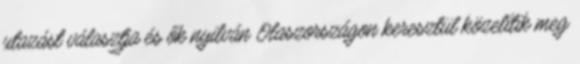
utazást választja és ők nyilván Olaszországon keresztül közelítik meg